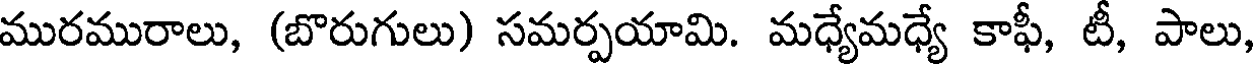
మురమురాలు, (బొరుగులు) సమర్పయామి. మధ్యేమధ్యే కాఫీ, టీ, పాలు,